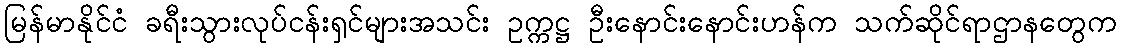
မြန်မာနိုင်ငံ ခရီးသွားလုပ်ငန်းရှင်များအသင်း ဥက္ကဋ္ဌ ဦးနောင်းနောင်းဟန်က သက်ဆိုင်ရာဌာနတွေက